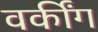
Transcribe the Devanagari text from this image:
वर्कींग